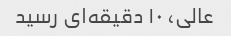
عالی، ۱۰ دقیقه‌ای رسید